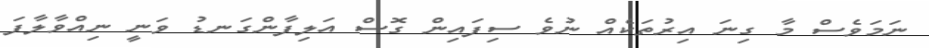
ނަމަވެސް މާ ގިނަ އިރުތަކެއް ނުވެ ސިފައިން ގޮސް އަލިފާންގަނޑު ވަނީ ނިއްވާލާފަ